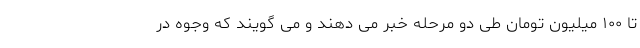
تا ۱۰۰ میلیون تومان طی دو مرحله خبر می دهند و می گویند که وجوه در